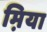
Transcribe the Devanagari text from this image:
म़िया